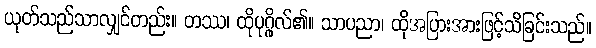
ယုတ်သည်သာလျှင်တည်း။ တဿ၊ ထိုပုဂ္ဂိုလ်၏။ သာပညာ၊ ထိုအပြားအားဖြင့်သိခြင်းသည်။